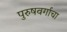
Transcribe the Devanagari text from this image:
पुरुषवर्गाचा